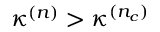
\kappa ^ { ( n ) } > \kappa ^ { ( n _ { c } ) }